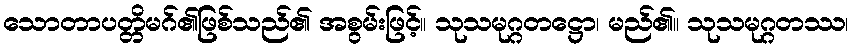
သောတာပတ္တိမဂ်၏ဖြစ်သည်၏ အစွမ်းဖြင့်။ သုသမုဂ္ဂတဋ္ဌော၊ မည်၏။ သုသမုဂ္ဂတဿ၊